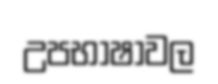
උපභාෂාවල